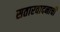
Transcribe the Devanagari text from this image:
सतारवादनाची